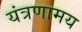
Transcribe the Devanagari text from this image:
यंत्रणामय